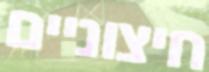
חיצוניים